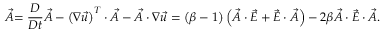
\stackrel { \triangledown } { \vec { A } } = \frac { D } { D t } \vec { A } - \left( \boldsymbol { \nabla } \vec { u } \right) ^ { T } \cdot \vec { A } - \vec { A } \cdot \boldsymbol { \nabla } \vec { u } = \left( \beta - 1 \right) \left( \vec { A } \cdot \vec { E } + \vec { E } \cdot \vec { A } \right) - 2 \beta \vec { A } \cdot \vec { E } \cdot \vec { A } .